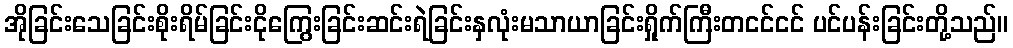
အိုခြင်းသေခြင်းစိုးရိမ်ခြင်းငိုကြွေးခြင်းဆင်းရဲခြင်းနှလုံးမသာယာခြင်းရှိုက်ကြီးတငင်ငင် ပင်ပန်းခြင်းတို့သည်။